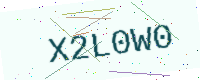
Text: X2L0W0